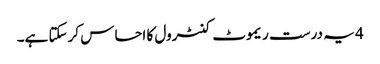
4 یہ درست ریموٹ کنٹرول کا احساس کرسکتا ہے۔